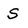
Character: S